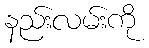
နည်းလမ်းကို